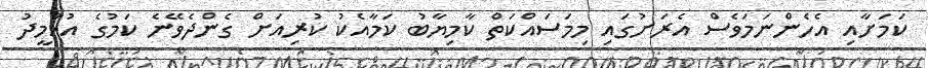
ކަމަށާއި އެހެންނަމަވެސް އެރަށުގައި މިމަސައްކަތް ކާމިޔާބު ކަމާއެކު ކުރިއަށް ގެންދެވޭނެ ކަމުގެ އުއްމީދު